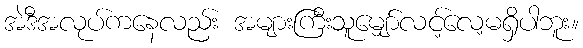
အဲဒီအလုပ်ကနေလည်း အများကြီးသူမျှော်လင့်လေ့မရှိပါဘူး။